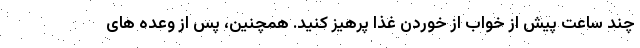
چند ساعت پیش از خواب از خوردن غذا پرهیز کنید. همچنین، پس از وعده های